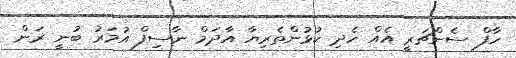
ހާފް ސެންޗަރީ އެއް ހެދި ކުޅުންތެރިޔާ އާދަމް ނާސިފް އުމަރު ބުނީ ރަން